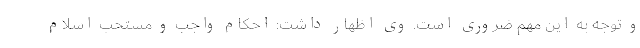
و توجه به این مهم ضروری است. وی اظهار داشت: احکام واجب و مستحب اسلام